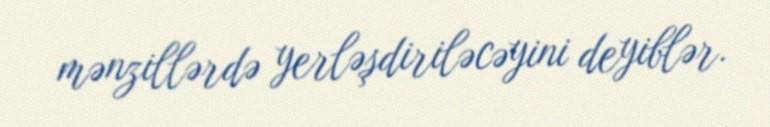
mənzillərdə yerləşdiriləcəyini deyiblər.